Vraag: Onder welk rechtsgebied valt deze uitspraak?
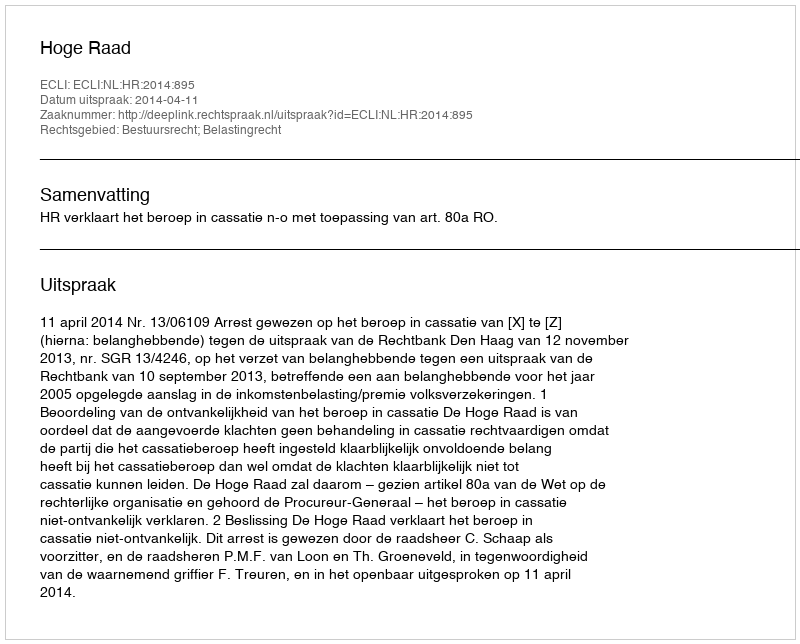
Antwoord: Bestuursrecht; Belastingrecht